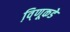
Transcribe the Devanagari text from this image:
वि़्णूकडे